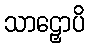
သာဠှောပိ